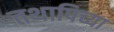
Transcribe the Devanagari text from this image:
तथापिच्या